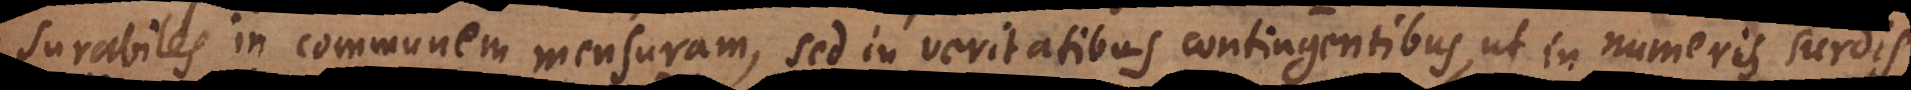
surabiles in communem mensuram, sed in veritatibus contingentibus, ut in numeris surdis